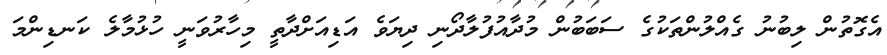
އެގޮތުން ލިބުނު ގެއްލުންތަކުގެ ސަބަބުން މުދާއުފުލާދޯނި ދިޔަވެ އަޑިއަށްދާތީ މިހާރުވަނީ ހުޅުމާލެ ކަނޑިންމަ